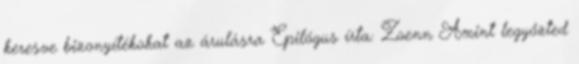
keresve bizonyítékokat az árulásra Epilógus írta: Zoenn Amint legyőzted